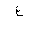
Letter: _ayn